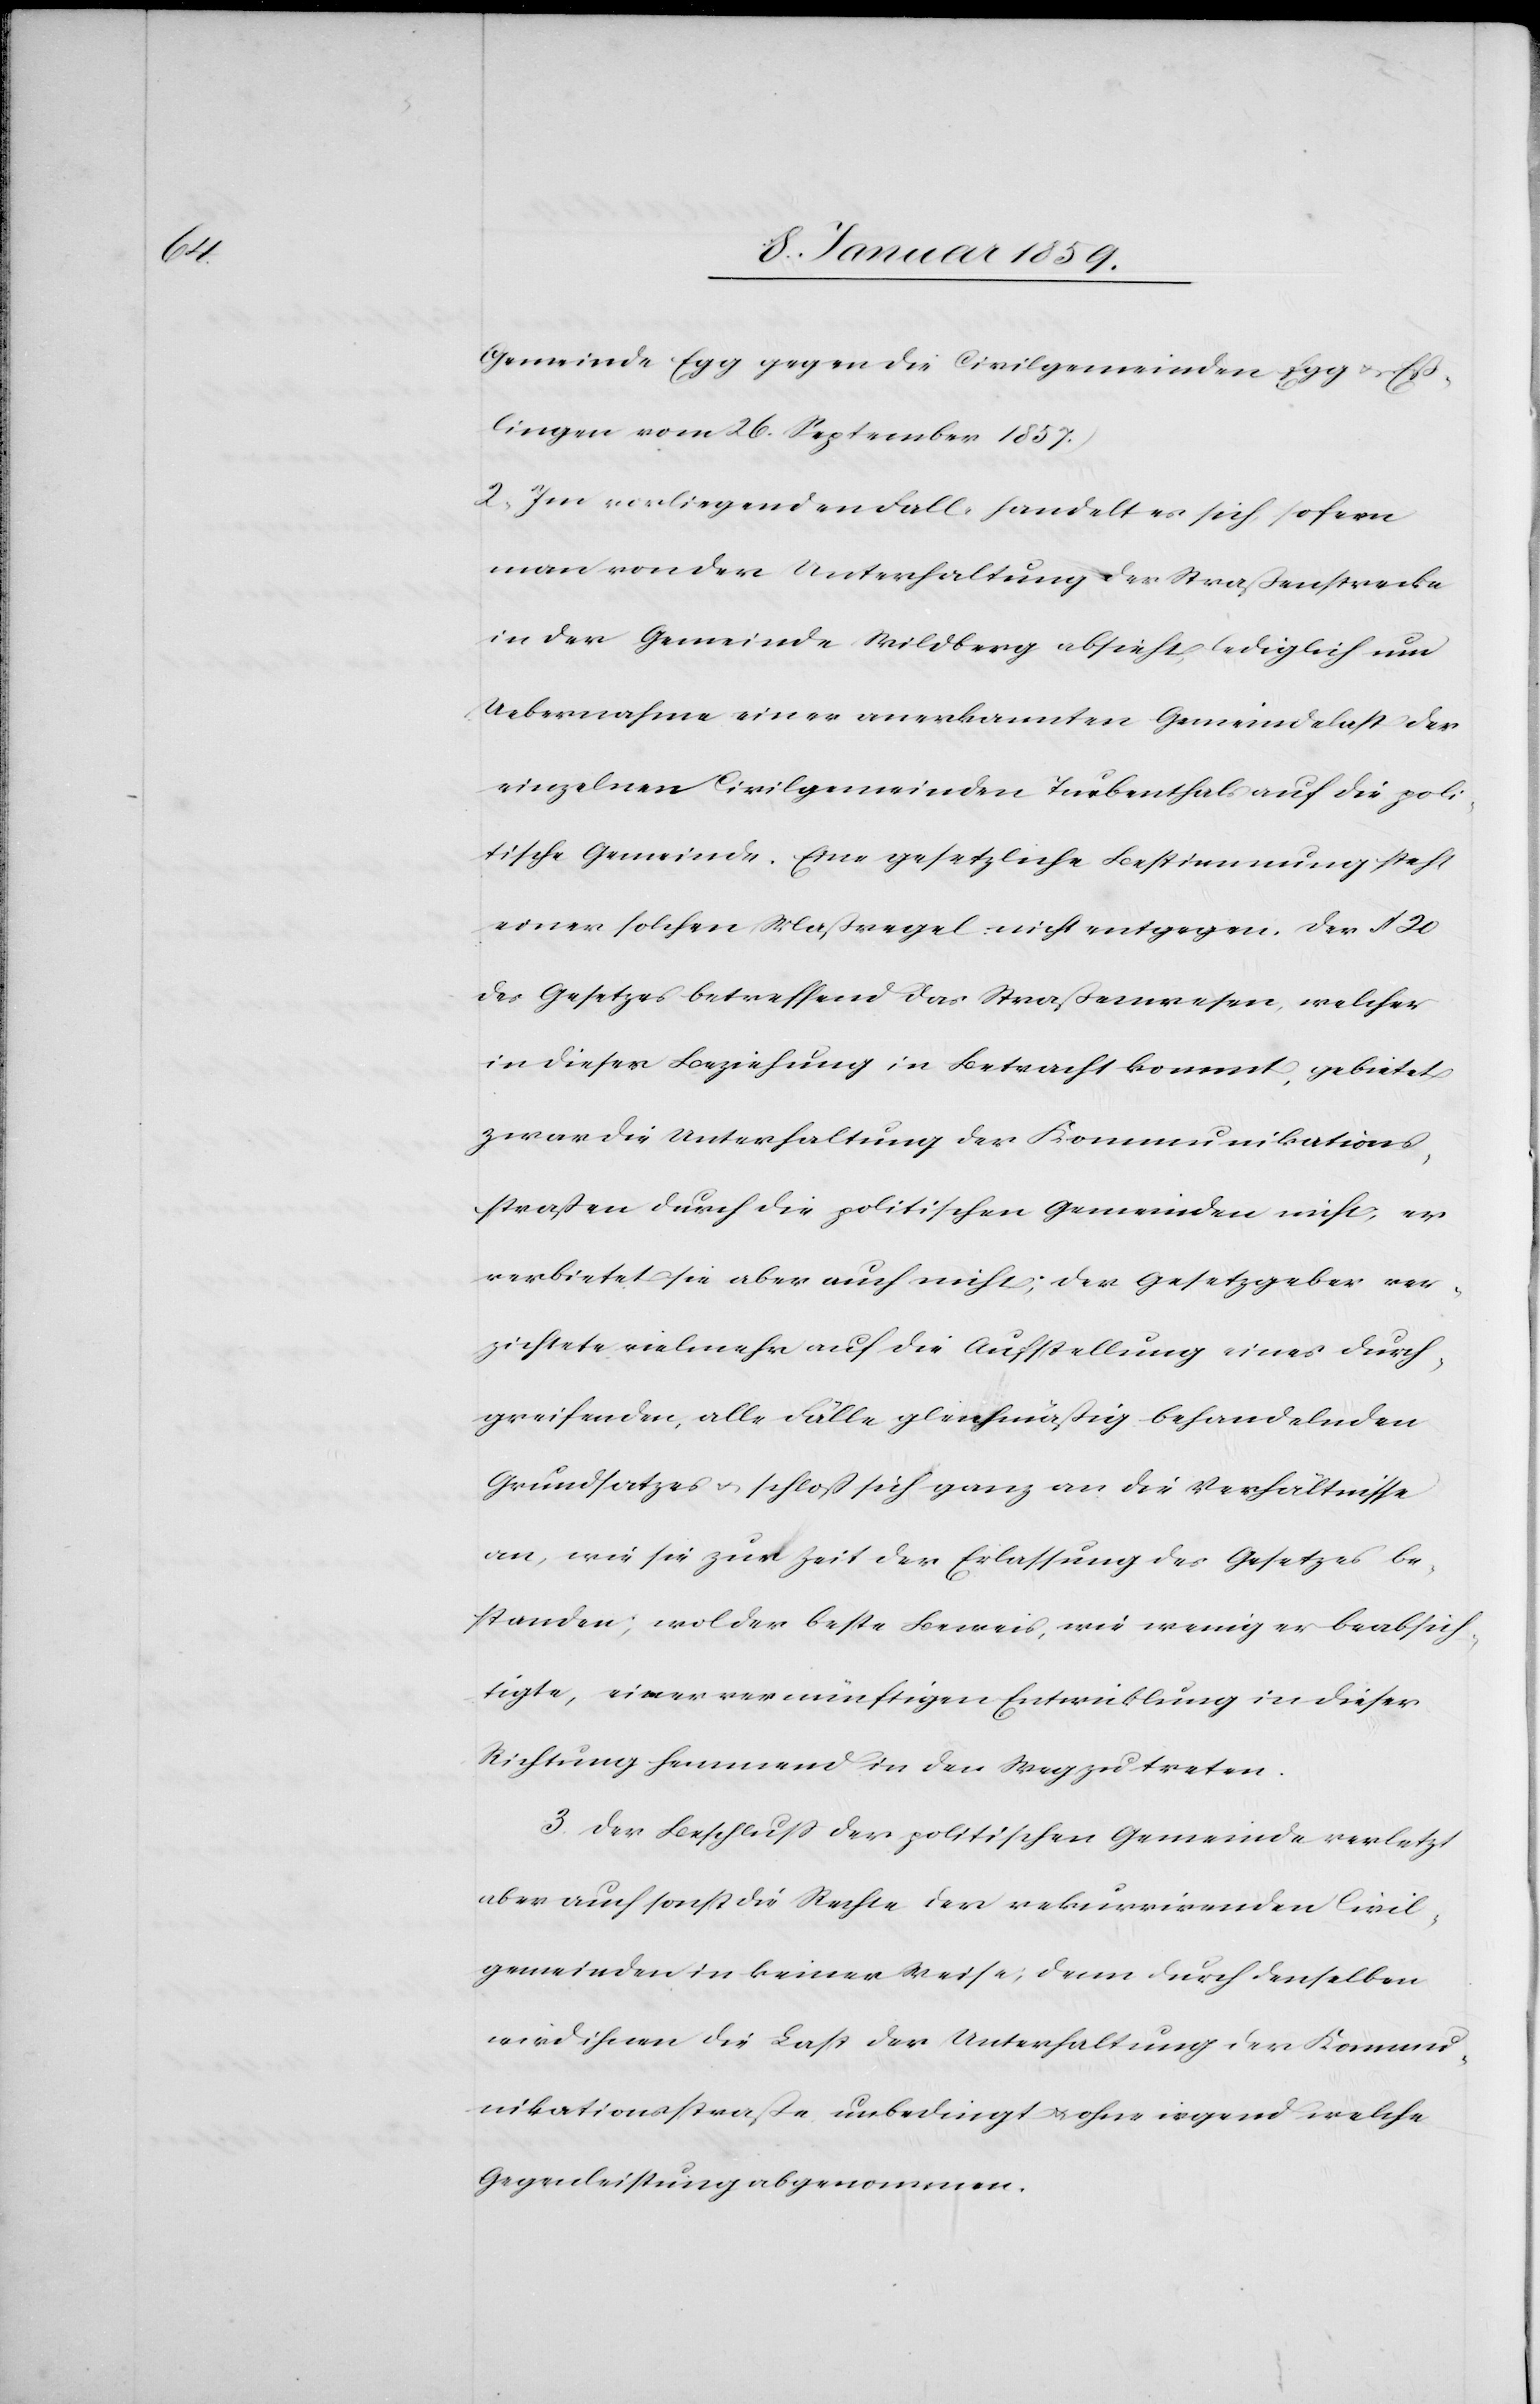
Gemeinde Egg gegen die Civilgemeinden Egg u. Eß¬
lingen vom 26. September 1857.)
2. Im vorliegenden Falle handelt es sich, sofern
man von der Unterhaltung der Straßenstrecke
in der Gemeinde Wildberg absieht, lediglich um
Uebernahme einer anerkannten Gemeindelast der
einzelnen Civilgemeinden Turbenthals auf die poli¬
tische Gemeinde. Eine gesetzliche Bestimmung steht
einer solchen Maßregel nicht entgegen. Der § 20
des Gesetzes betreffend das Straßenwesen, welches
in dieser Beziehung in Betracht kommt, gebietet
zwar die Unterhaltung der Kommunikations¬
straßen durch die politischen Gemeinden nicht, er
verbietet sie aber auch nicht; der Gesetzgeber ver¬
zichtet vielmehr auf die Aufstellung eines durch¬
greifenden, alle Fälle gleichmäßig behandelnden
Grundsatzes u. schloß sich ganz an die Verhältnisse
an, wie sie zur Zeit der Erlassung des Gesetzes be¬
standen; wol der beste Beweis, wie wenig er beabsich¬
tigte, einer vernünftigen Entwicklung in dieser
Richtung hemmend in den Weg zu treten.
3. Der Beschluß der politischen Gemeinde verletzt
aber auch sonst die Rechte der rekurrirenden Civil¬
gemeinden in keiner Weise; denn durch denselben
wird ihnen die Last der Unterhaltung der Kommu¬
nikationsstraße unbedingt u. ohne irgend welche
Gegenleistung abgenommen.